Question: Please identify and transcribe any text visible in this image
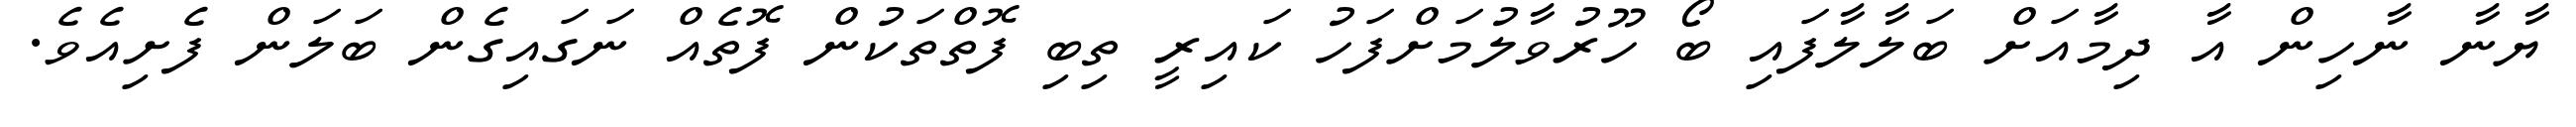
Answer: ޔާނާ ނާހިން އާ ދިމާއަށް ބަލާލާފައި ބޯ ހޫރުވާލުމަށްފަހު ކައިރީ ތިބި ފޮތްތަކުން ފޮތެއް ނަގައިގެން ބަލަން ފެށިއެވެ.